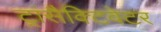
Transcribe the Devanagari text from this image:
ट्रांसैक्टिवेटर